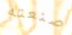
صنعته